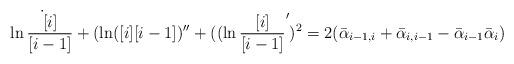
LaTeX: \begin{align*}\dot {\ln{[ i ]\over [ i-1 ]}}+(\ln ([ i ][ i-1 ])''+((\ln {[ i ]\over [ i-1 ]}')^2=2(\bar \alpha_{i-1,i}+\bar \alpha_{i,i-1}-\bar \alpha_{i-1}\bar \alpha_i) \end{align*}